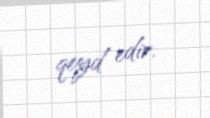
qeyd edir.